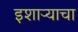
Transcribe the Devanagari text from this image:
इशाऱ्याचा